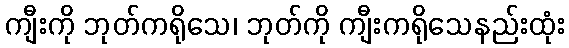
ကျီးကို ဘုတ်ကရိုသေ၊ ဘုတ်ကို ကျီးကရိုသေနည်းထုံး